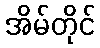
အိမ်တိုင်